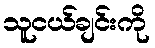
သူငယ်ချင်းကို